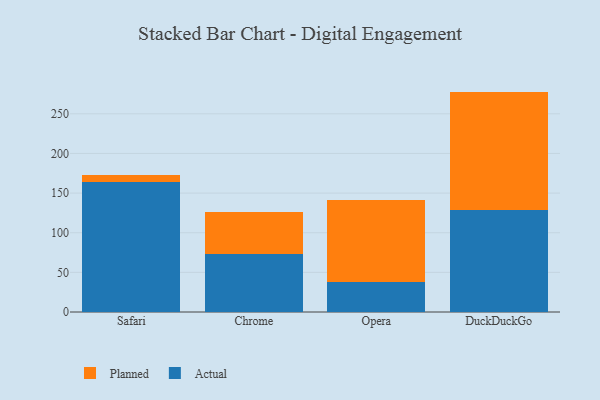
{"axis": {"x": "Browser", "y": "Energy Usage (MWh)"}, "legend": ["Actual", "Planned"], "data": [{"x": "Safari", "y": 163.5, "type": "Actual"}, {"x": "Safari", "y": 9.9, "type": "Planned"}, {"x": "Chrome", "y": 73.7, "type": "Actual"}, {"x": "Chrome", "y": 52.5, "type": "Planned"}, {"x": "Opera", "y": 37.9, "type": "Actual"}, {"x": "Opera", "y": 103.1, "type": "Planned"}, {"x": "DuckDuckGo", "y": 128.9, "type": "Actual"}, {"x": "DuckDuckGo", "y": 149.1, "type": "Planned"}]}